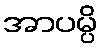
အာပမ္ပိ